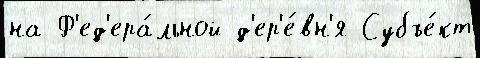
на Ф'ед'ера́льной д'ер'е́вн'я Субъе́кт